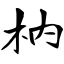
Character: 枘